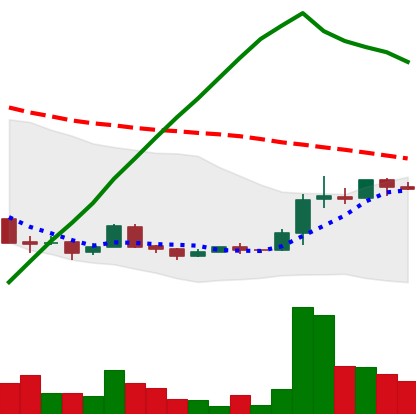
Ticker: XRP-USD
Chart end date: 2018-04-17
Forward return: 32.433%
Label: up_7plus